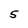
Character: 5